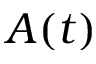
A ( t )